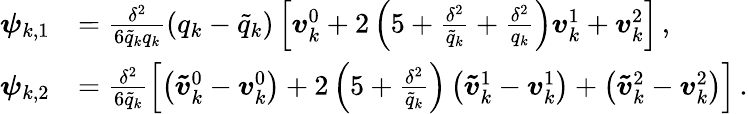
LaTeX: \begin{array}{rl}{{\boldsymbol{\psi}}_{k,1}}&{=\frac{{\delta}^{2}}{6{\tilde{q}}_{k}{q}_{k}}\left({q}_{k}-{\tilde{q}}_{k}\right)\left[{\boldsymbol{v}}_{k}^{0}+{2}\left(5+\frac{{\delta}^{2}}{{\tilde{q}}_{k}}+\frac{{\delta}^{2}}{{q}_{k}}\right){\boldsymbol{v}}_{k}^{1}+{\boldsymbol{v}}_{k}^{2}\right]\, ,}\\ {{\boldsymbol{\psi}}_{k,2}}&{=\frac{{\delta}^{2}}{{6}{\tilde{q}}_{k}}\left[\left({\boldsymbol{\tilde{v}}}_{k}^{0}-{\boldsymbol{v}}_{k}^{0}\right)+{2}\left(5+\frac{{\delta}^{2}}{{\tilde{q}}_{k}}\right)\left({\boldsymbol{\tilde{v}}}_{k}^{1}-{\boldsymbol{v}}_{k}^{1}\right)+\left({\boldsymbol{\tilde{v}}}_{k}^{2}-{\boldsymbol{v}}_{k}^{2}\right)\right]\, .}\end{array}